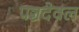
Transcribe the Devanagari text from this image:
पञ्चदेवल